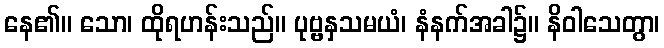
နေ၏။ သော၊ ထိုရဟန်းသည်။ ပုဗ္ဗနှသမယံ၊ နံနက်အခါ၌။ နိဝါသေတွာ၊